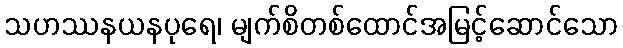
သဟဿနယနပုရေ၊ မျက်စိတစ်ထောင်အမြင့်ဆောင်သော